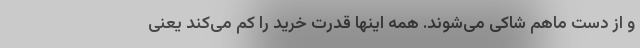
و از دست ماهم شاکی می‌شوند. همه اینها قدرت خرید را کم می‌کند یعنی